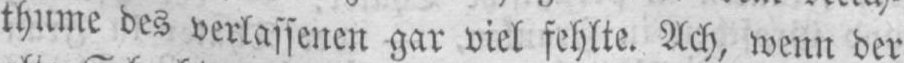
thume des verlassenen gar viel fehlte. Ach, wenn der